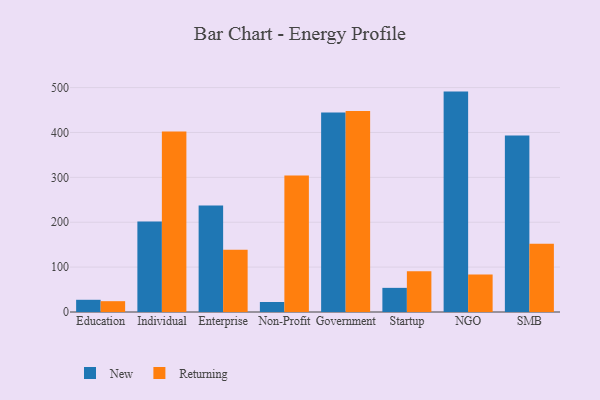
{"axis": {"x": "Segment", "y": "Net Income (USD K)"}, "legend": ["New", "Returning"], "data": [{"x": "Education", "y": 27.2, "type": "New"}, {"x": "Education", "y": 24.1, "type": "Returning"}, {"x": "Individual", "y": 201.4, "type": "New"}, {"x": "Individual", "y": 402.3, "type": "Returning"}, {"x": "Enterprise", "y": 237.2, "type": "New"}, {"x": "Enterprise", "y": 138.8, "type": "Returning"}, {"x": "Non-Profit", "y": 22.3, "type": "New"}, {"x": "Non-Profit", "y": 304.2, "type": "Returning"}, {"x": "Government", "y": 444.6, "type": "New"}, {"x": "Government", "y": 447.9, "type": "Returning"}, {"x": "Startup", "y": 53.8, "type": "New"}, {"x": "Startup", "y": 90.7, "type": "Returning"}, {"x": "NGO", "y": 491.1, "type": "New"}, {"x": "NGO", "y": 83.8, "type": "Returning"}, {"x": "SMB", "y": 393.5, "type": "New"}, {"x": "SMB", "y": 152.0, "type": "Returning"}]}